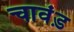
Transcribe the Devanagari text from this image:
चावंड़